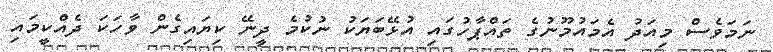
ނަމަވެސް މިއަދު އެމައުމޫނުގެ ތައްޕާހުގައި އުޅޭބަޔަކު ނުކުމެ ދީނޭ ކިޔައިގެން ވާހަކަ ދެއްކީމައި